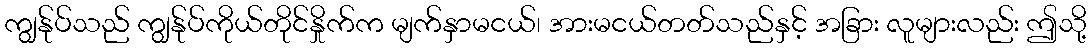
ကျွန်ုပ်သည် ကျွန်ုပ်ကိုယ်တိုင်နှိုက်က မျက်နှာမငယ်၊ အားမငယ်တတ်သည်နှင့် အခြား လူများလည်း ဤသို့